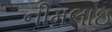
નીમલાઇ